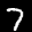
Label: 7